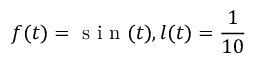
f ( t ) = \mathrm { ~ s ~ i ~ n ~ } ( t ) , l ( t ) = \frac { 1 } { 1 0 }